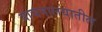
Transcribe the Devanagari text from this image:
वाचनालयातील